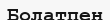
Болатпен